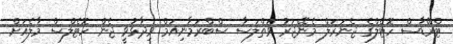
ޓްރޭޑާސް ހޮޓެލްގެ ޖެނަރަލް މެނޭޖަރު ވަތްލަސާ ސްބްރަމާނިއަމް ވިދާޅުވީ ޖެން ހޮޓެލްސް މާލެއަށް